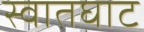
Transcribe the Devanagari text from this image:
स्वातघाट